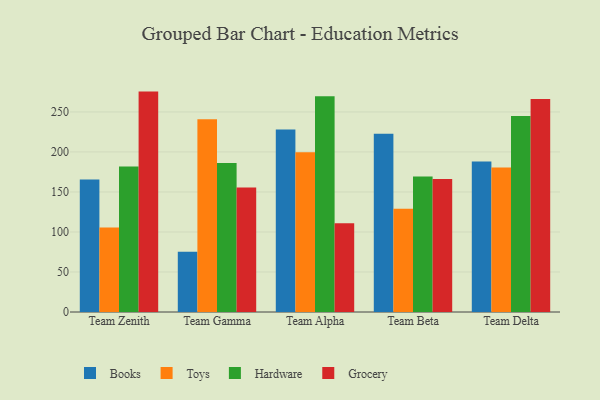
{"axis": {"x": "Team", "y": "Bounce Rate (%)"}, "legend": ["Books", "Grocery", "Hardware", "Toys"], "data": [{"x": "Team Zenith", "y": 165.5, "type": "Books"}, {"x": "Team Zenith", "y": 105.6, "type": "Toys"}, {"x": "Team Zenith", "y": 181.7, "type": "Hardware"}, {"x": "Team Zenith", "y": 275.4, "type": "Grocery"}, {"x": "Team Gamma", "y": 75.4, "type": "Books"}, {"x": "Team Gamma", "y": 240.7, "type": "Toys"}, {"x": "Team Gamma", "y": 186.2, "type": "Hardware"}, {"x": "Team Gamma", "y": 155.7, "type": "Grocery"}, {"x": "Team Alpha", "y": 228.0, "type": "Books"}, {"x": "Team Alpha", "y": 199.7, "type": "Toys"}, {"x": "Team Alpha", "y": 269.5, "type": "Hardware"}, {"x": "Team Alpha", "y": 110.8, "type": "Grocery"}, {"x": "Team Beta", "y": 222.8, "type": "Books"}, {"x": "Team Beta", "y": 129.0, "type": "Toys"}, {"x": "Team Beta", "y": 169.4, "type": "Hardware"}, {"x": "Team Beta", "y": 166.1, "type": "Grocery"}, {"x": "Team Delta", "y": 188.1, "type": "Books"}, {"x": "Team Delta", "y": 180.6, "type": "Toys"}, {"x": "Team Delta", "y": 244.8, "type": "Hardware"}, {"x": "Team Delta", "y": 266.0, "type": "Grocery"}]}